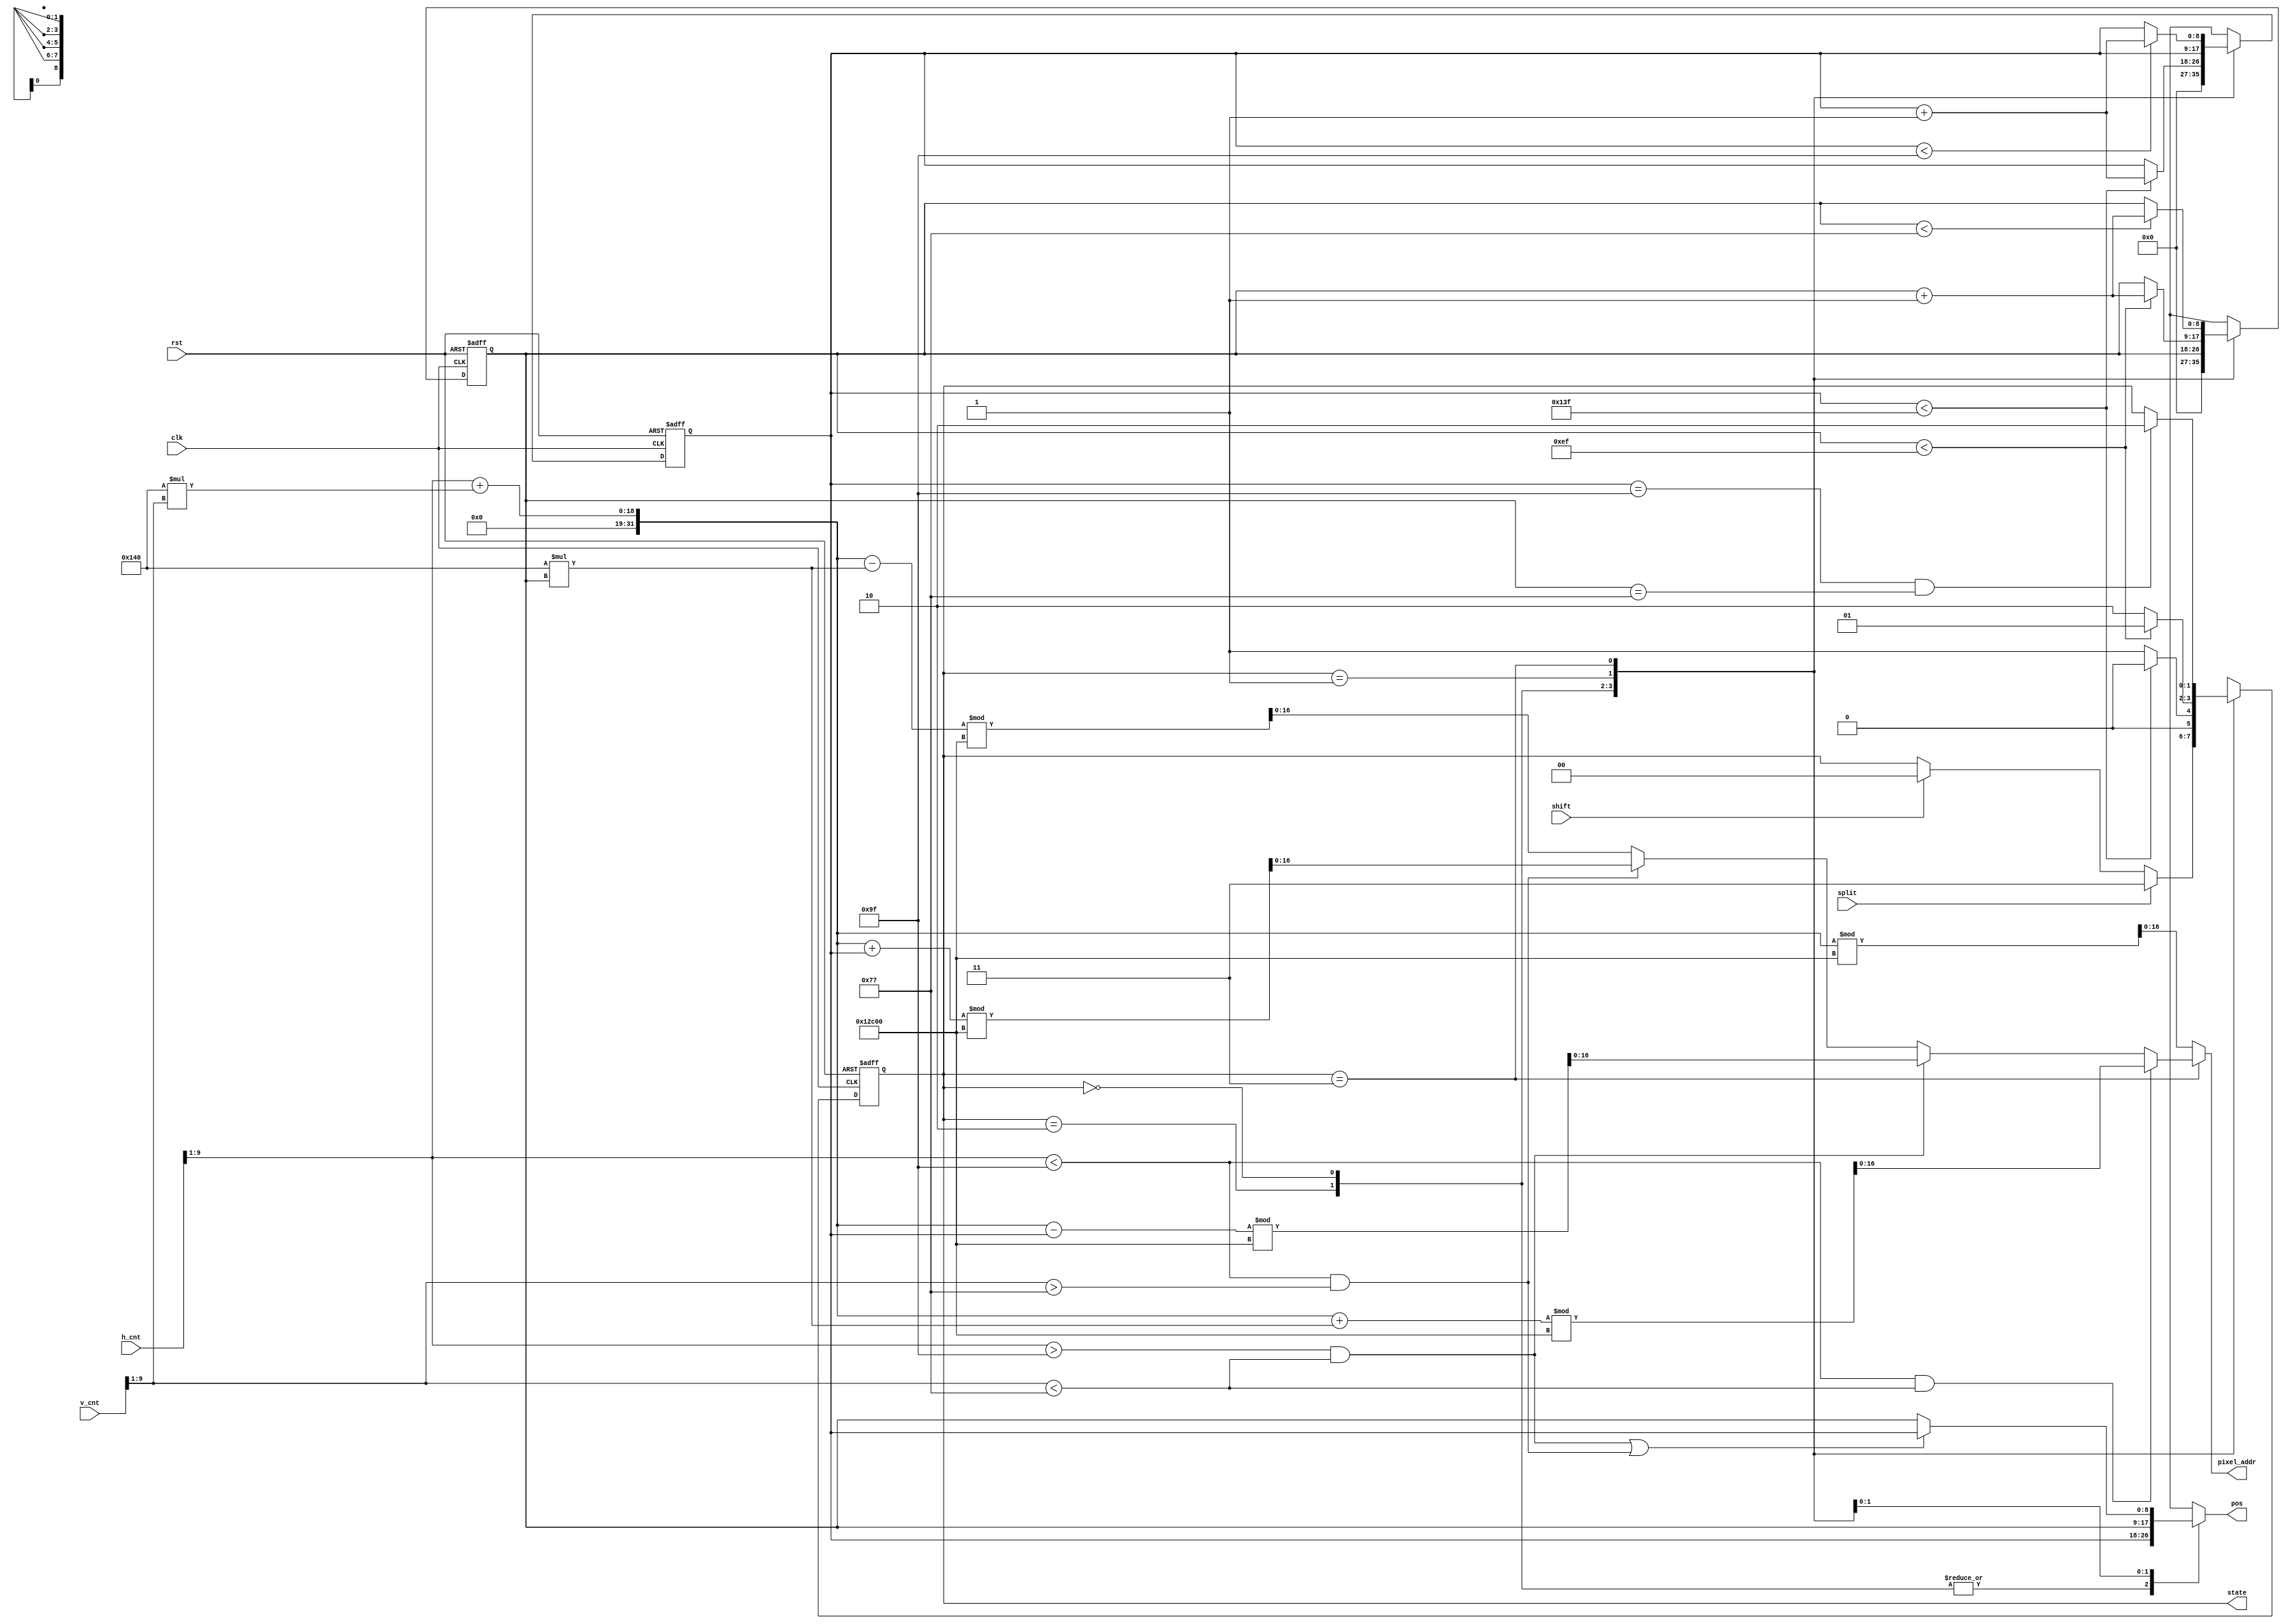
`define shift_left 2'b00
`define shift_down 2'b01
`define init 2'b10
`define SPLIT 2'b11
module mem_addr_gen(
   input clk,
   input rst,
   input shift,
   input split,
   input [9:0] h_cnt,
   input [9:0] v_cnt,
   output reg [1:0] state,
   output reg [8:0] pos,
   output reg [16:0] pixel_addr
   );
   reg [8:0] position, next_position; // h_cnt
   reg [8:0] position2, next_position2; // v_cnt
   reg [1:0] next_state;
   
   always @(*) begin
       case (state)
            `SPLIT : begin 
                if(h_cnt>>1 < 159 && v_cnt>>1 < 119) // left_up dir = up
                    pixel_addr = ((h_cnt>>1) + 320*(v_cnt>>1) + 320*position2) % 76800;
                else if(h_cnt>>1 > 159 && v_cnt>>1 < 119)  // right_up dir = right
                    pixel_addr = ((h_cnt>>1) + 320*(v_cnt>>1) - position) % 76800;
                else if(h_cnt>>1 < 159 && v_cnt>>1 > 119) //left_down dir = left
                    pixel_addr = ((h_cnt>>1) + 320*(v_cnt>>1) + position) % 76800;
                else // right_down dir = down
                    pixel_addr =  ((h_cnt>>1) + 320*(v_cnt>>1) - 320*position2) % 76800;
            end
            default begin
                pixel_addr = ((h_cnt>>1)+320*(v_cnt>>1)) % 76800;
            end 
       endcase
   end

   always @(*) begin
       case (state) 
            `init : pos = position;
            `shift_left : pos = position;
            `shift_down : pos = position2;
            `SPLIT : begin
                if ((h_cnt>>1 > 159 && v_cnt>>1 < 119) ||
                    (h_cnt>>1 < 159 && v_cnt>>1 > 119)
                ) // pos = position
                    pos = position;
                else // pos = position2
                    pos = position2;
            end
       endcase
   end

   always @ (posedge clk or posedge rst) begin
      if(rst) begin
          position <= 0;
          position2 <= 0;
          state <= `init;
      end
      else begin
          position <= next_position;
          position2 <= next_position2;
          state <= next_state;
      end           
   end

   always @ (*) begin
       next_position = position;
       next_position2 = position2;
       next_state = state;
       case (state) 
           `init : begin
                next_position = 0;
                next_position2 = 0;
                if (shift) begin
                    next_state = `shift_left;
                end
                if (split) begin
                    next_state = `SPLIT;
                end
           end
           `shift_left : begin
                 if (position < 319) begin
                    next_position = position + 1;
                    next_state = `shift_left;
                end
                else begin
                    next_state = `shift_down;
                end    
           end
           `shift_down : begin
               if (position2 < 239) begin
                   next_position2 = position2 + 1;
                   next_state = `shift_down;
               end
               else begin
                   next_state = `init;
               end
           end 
           `SPLIT : begin
                next_state = state;
                if (position < 159) begin
                    next_position = position + 1;
                end
                if (position2 < 119) begin
                    next_position2 = position2 + 1;
                end
                if (position == 159 && position2 == 119) begin
                    next_state = `init;
                end
           end       
       endcase
       
   end
    
endmodule